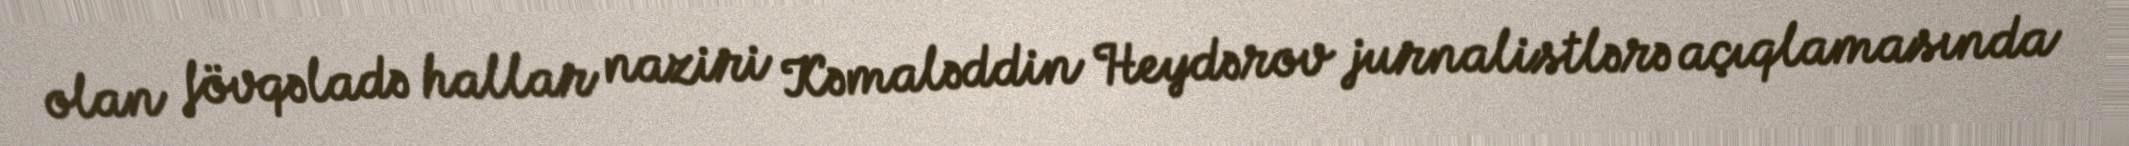
olan fövqəladə hallar naziri Kəmaləddin Heydərov jurnalistlərə açıqlamasında